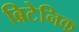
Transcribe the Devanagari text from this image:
ब्रिटेनिक